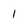
Character: l